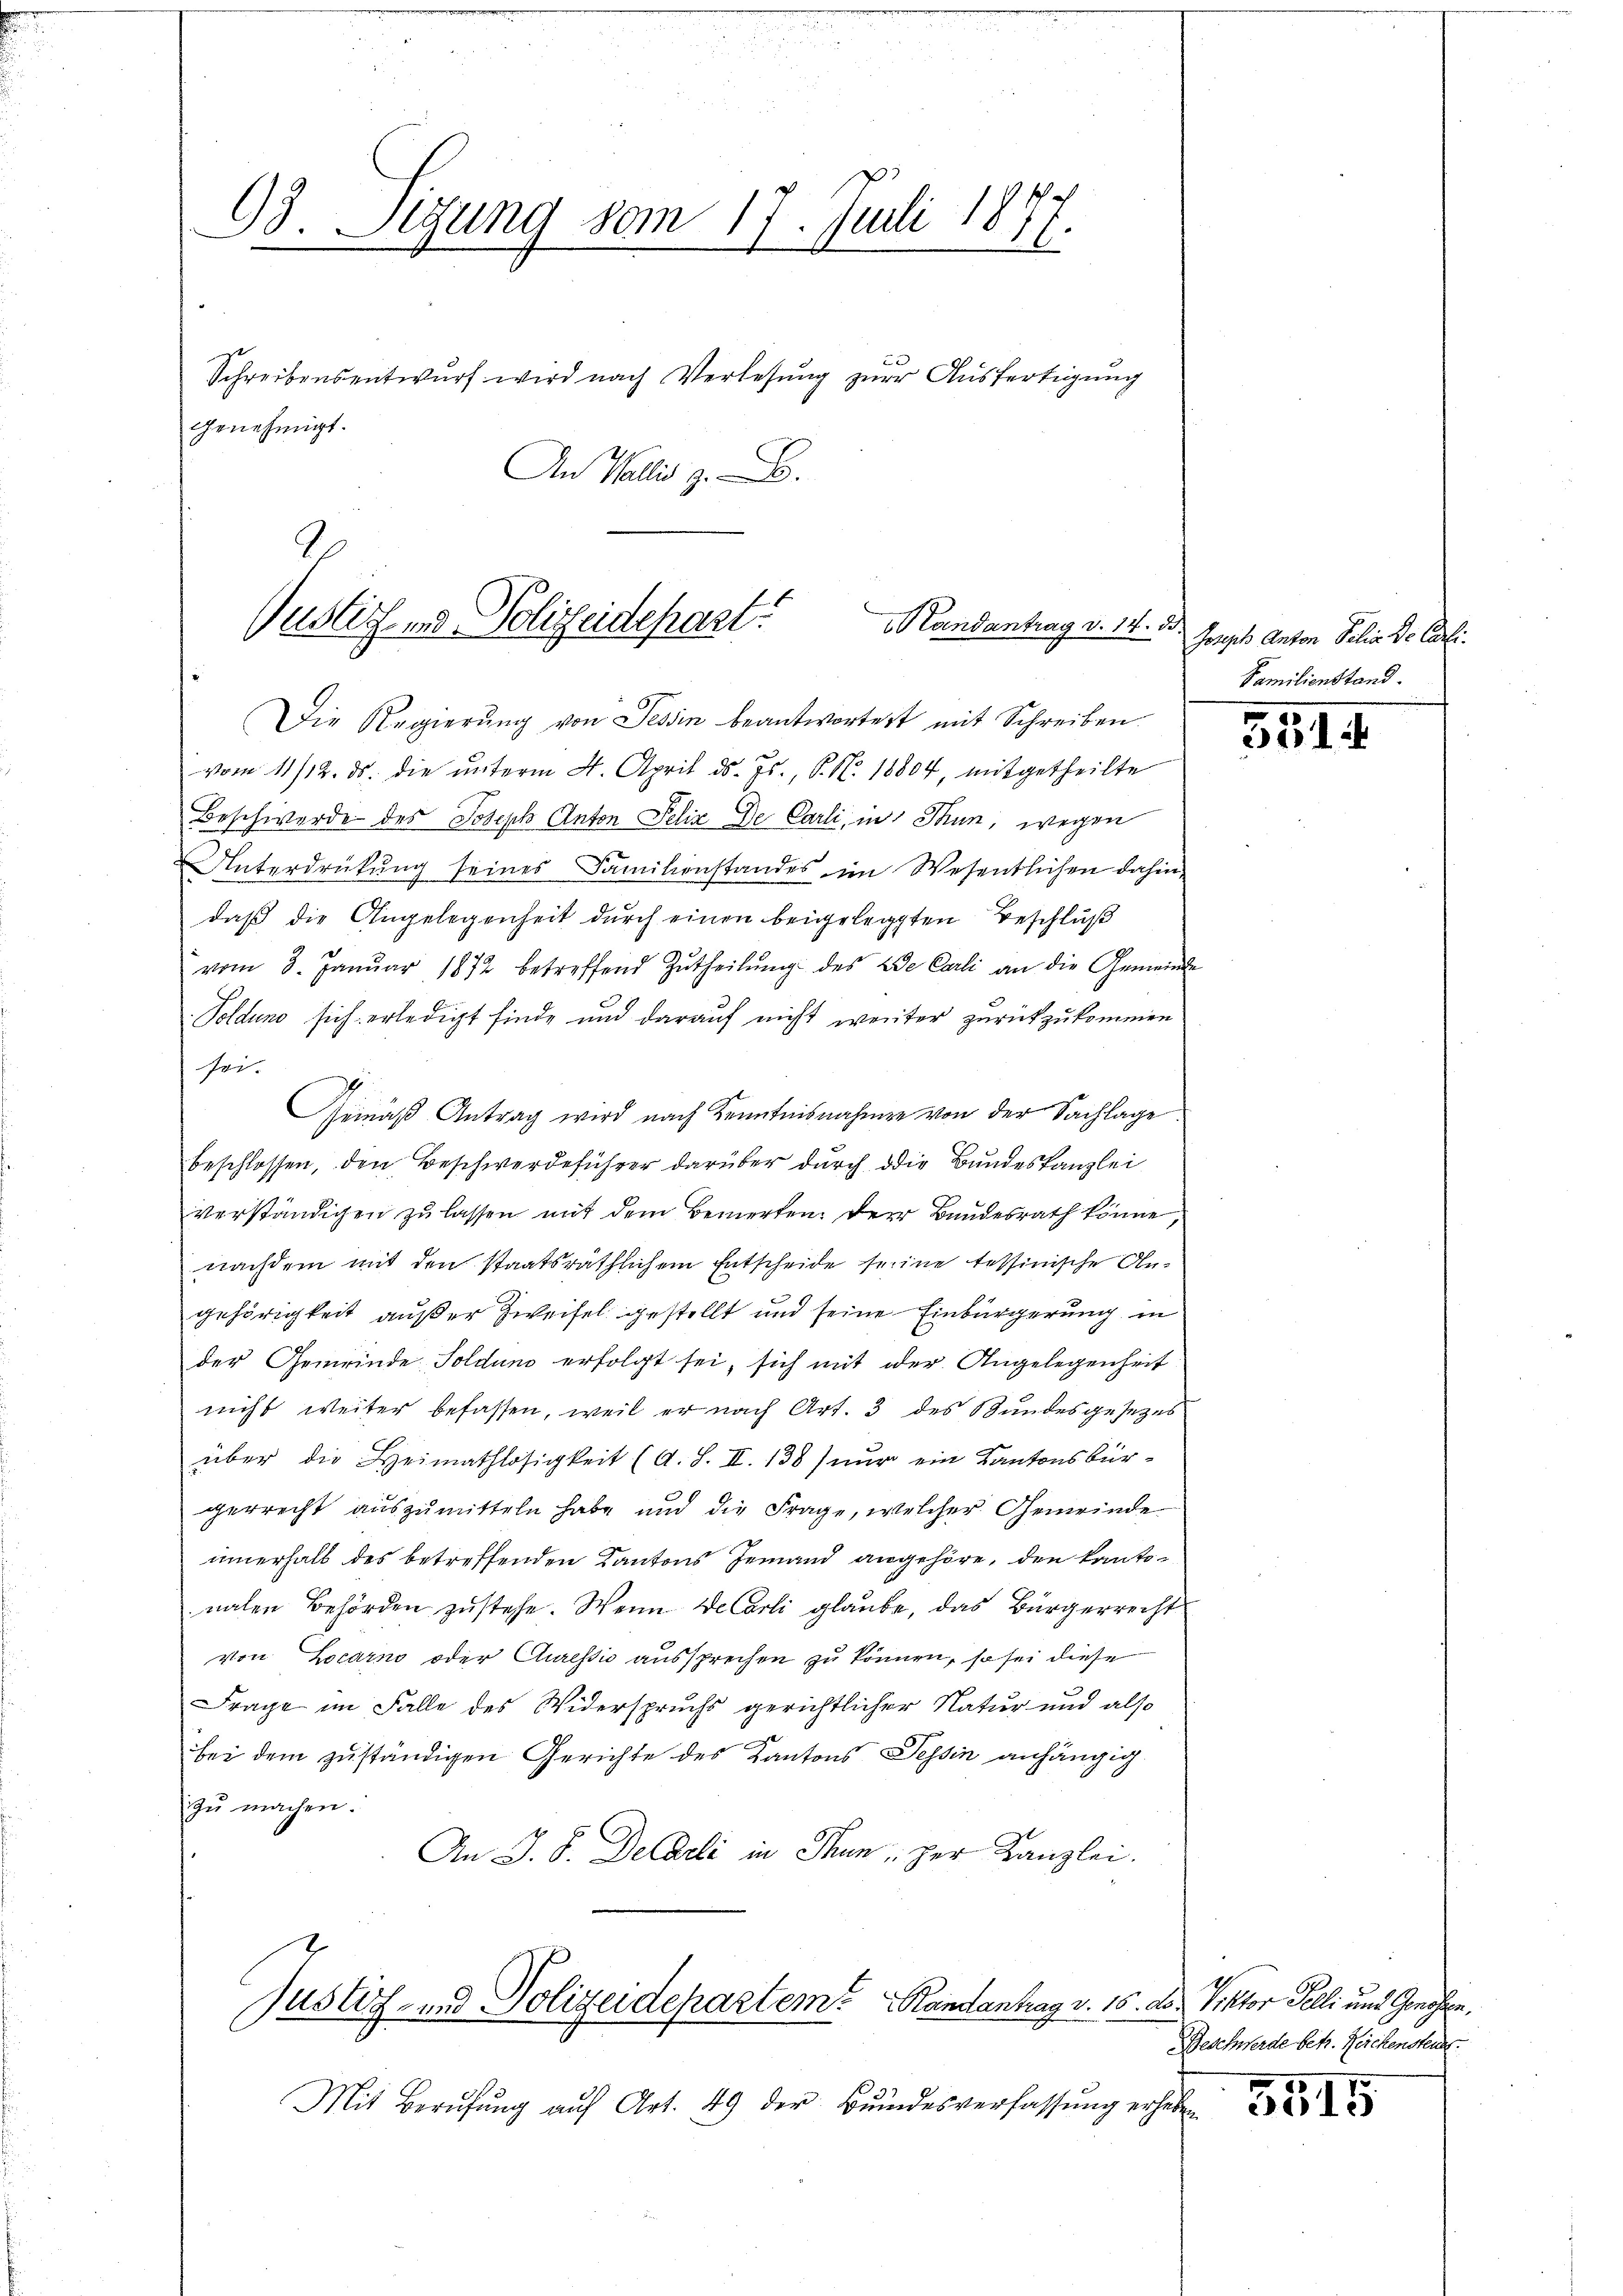
93. Setzung vom 17. Juli 1877.
d
Schreibensentwurf wird nach Verlesung zur Ausfertigung
genehmigt.
An Wallis z. B.

1
Justiz und Polizeidehast!
Handantrag v. 14. d.

Die Regierŭng von Tessin beantwortest mit Schreiben
vom 11/12. ds. die unterm 4. April d. Js., P. M. 18804, mitgetheilte
Beschwerde des Joseph Anton Felix Der Carli, in Thun, wegen
Unterdrückung seines Familienstandes im Wesentlichen dahin,
daß die Angelegenheit durch einen beigelegten Beschluß
vom 8. Janŭar 1872 betreffend Zŭtheilŭng des de Carli an die Gemeinde
Folduno sich erledigt finde und darauf nicht weiter zurückzukommen.
sei.
Gemäß Antrag wird nach Kenntnisnahme von der Sachlage
beschlossen, den Beschwerdeführer darüber durch die Bundeskanzlei
verständigen zu lassen mit dem Bemerken. Der Bundesrath könne,
nachdem mit den staatsräthlichem Entscheide seine tessinische Angehörigkeit außer Zweifel gestellt und seine Einbürgerung in
der Gemeinde Soldun erfolgt sei, sich mit oder Angelegenheit
nicht weiter befassen, weil er nach Art. 3 des Bundesgesezes
über die Heimathlosigkeit (A. S. II. 138) nur ein Kantonsbürgerrecht auszumitteln habe und die Frage, welcher Gemeinde
innerhalb des betreffenden Kantons Jemand angehöre, den kantonalen Behörden zustehe. Wenn de Carli glaube, das Bürgerrecht
von Locarno oder Cluressio aussprechen zu können, so sei diese
Frage im Falle des Widerspruchs gerichtlicher Natur und also
bei dem zuständigen Gerichte des Kantons Tessin anhängig.
zu machen.
An J. J. Decarli in Thun, zur Kanzlei.

Justiz- und Polizeidepartem Randantrag v. 16. ds. Viktor Felli und Genossen,

Mit Berŭfŭng aŭf Art. 49 der Bŭndesverfassŭng erheben

Joseph Anton Felix De Carli.
Familienstand.

3514

Beschwerde betr. Reichenstend.

5515